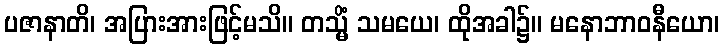
ပဇာနာတိ၊ အပြားအားဖြင့်မသိ။ တသ္မိံ သမယေ၊ ထိုအခါ၌။ မနောဘာဝနီယော၊